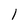
Character: 1